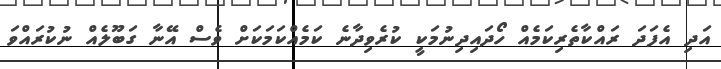
އަދި އެފަދަ ރައްކާތެރިކަމެއް ހޯދައިދިނުމަކީ ކުރެވިދާނެ ކަމެއްކަމަކަށް ވެސް އޭނާ ގަބޫލެއް ނުކުރައްވަ